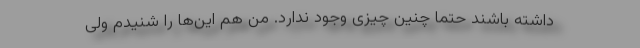
داشته باشند حتماً چنین چیزی وجود ندارد. من هم این‌ها را شنیدم ولی